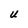
Character: U